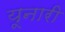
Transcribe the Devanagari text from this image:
यूनारी